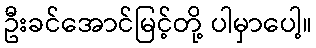
ဦးခင်အောင်မြင့်တို့ ပါမှာပေါ့။